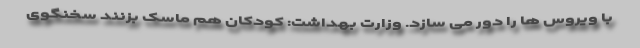
با ویروس ها را دور می سازد. وزارت بهداشت: کودکان هم ماسک بزنند سخنگوی